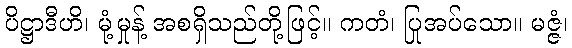
ပိဋ္ဌာဒီဟိ၊ မုံ့မှုန့် အစရှိသည်တို့ဖြင့်။ ကတံ၊ ပြုအပ်သော။ မဇ္ဇံ၊